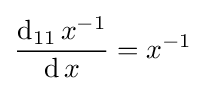
{\frac {\operatorname {d} _{11}x^{-1}}{\operatorname {d} x}}=x^{-1}